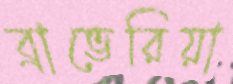
ব্রাভেরিয়া